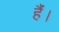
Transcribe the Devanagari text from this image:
हंै।